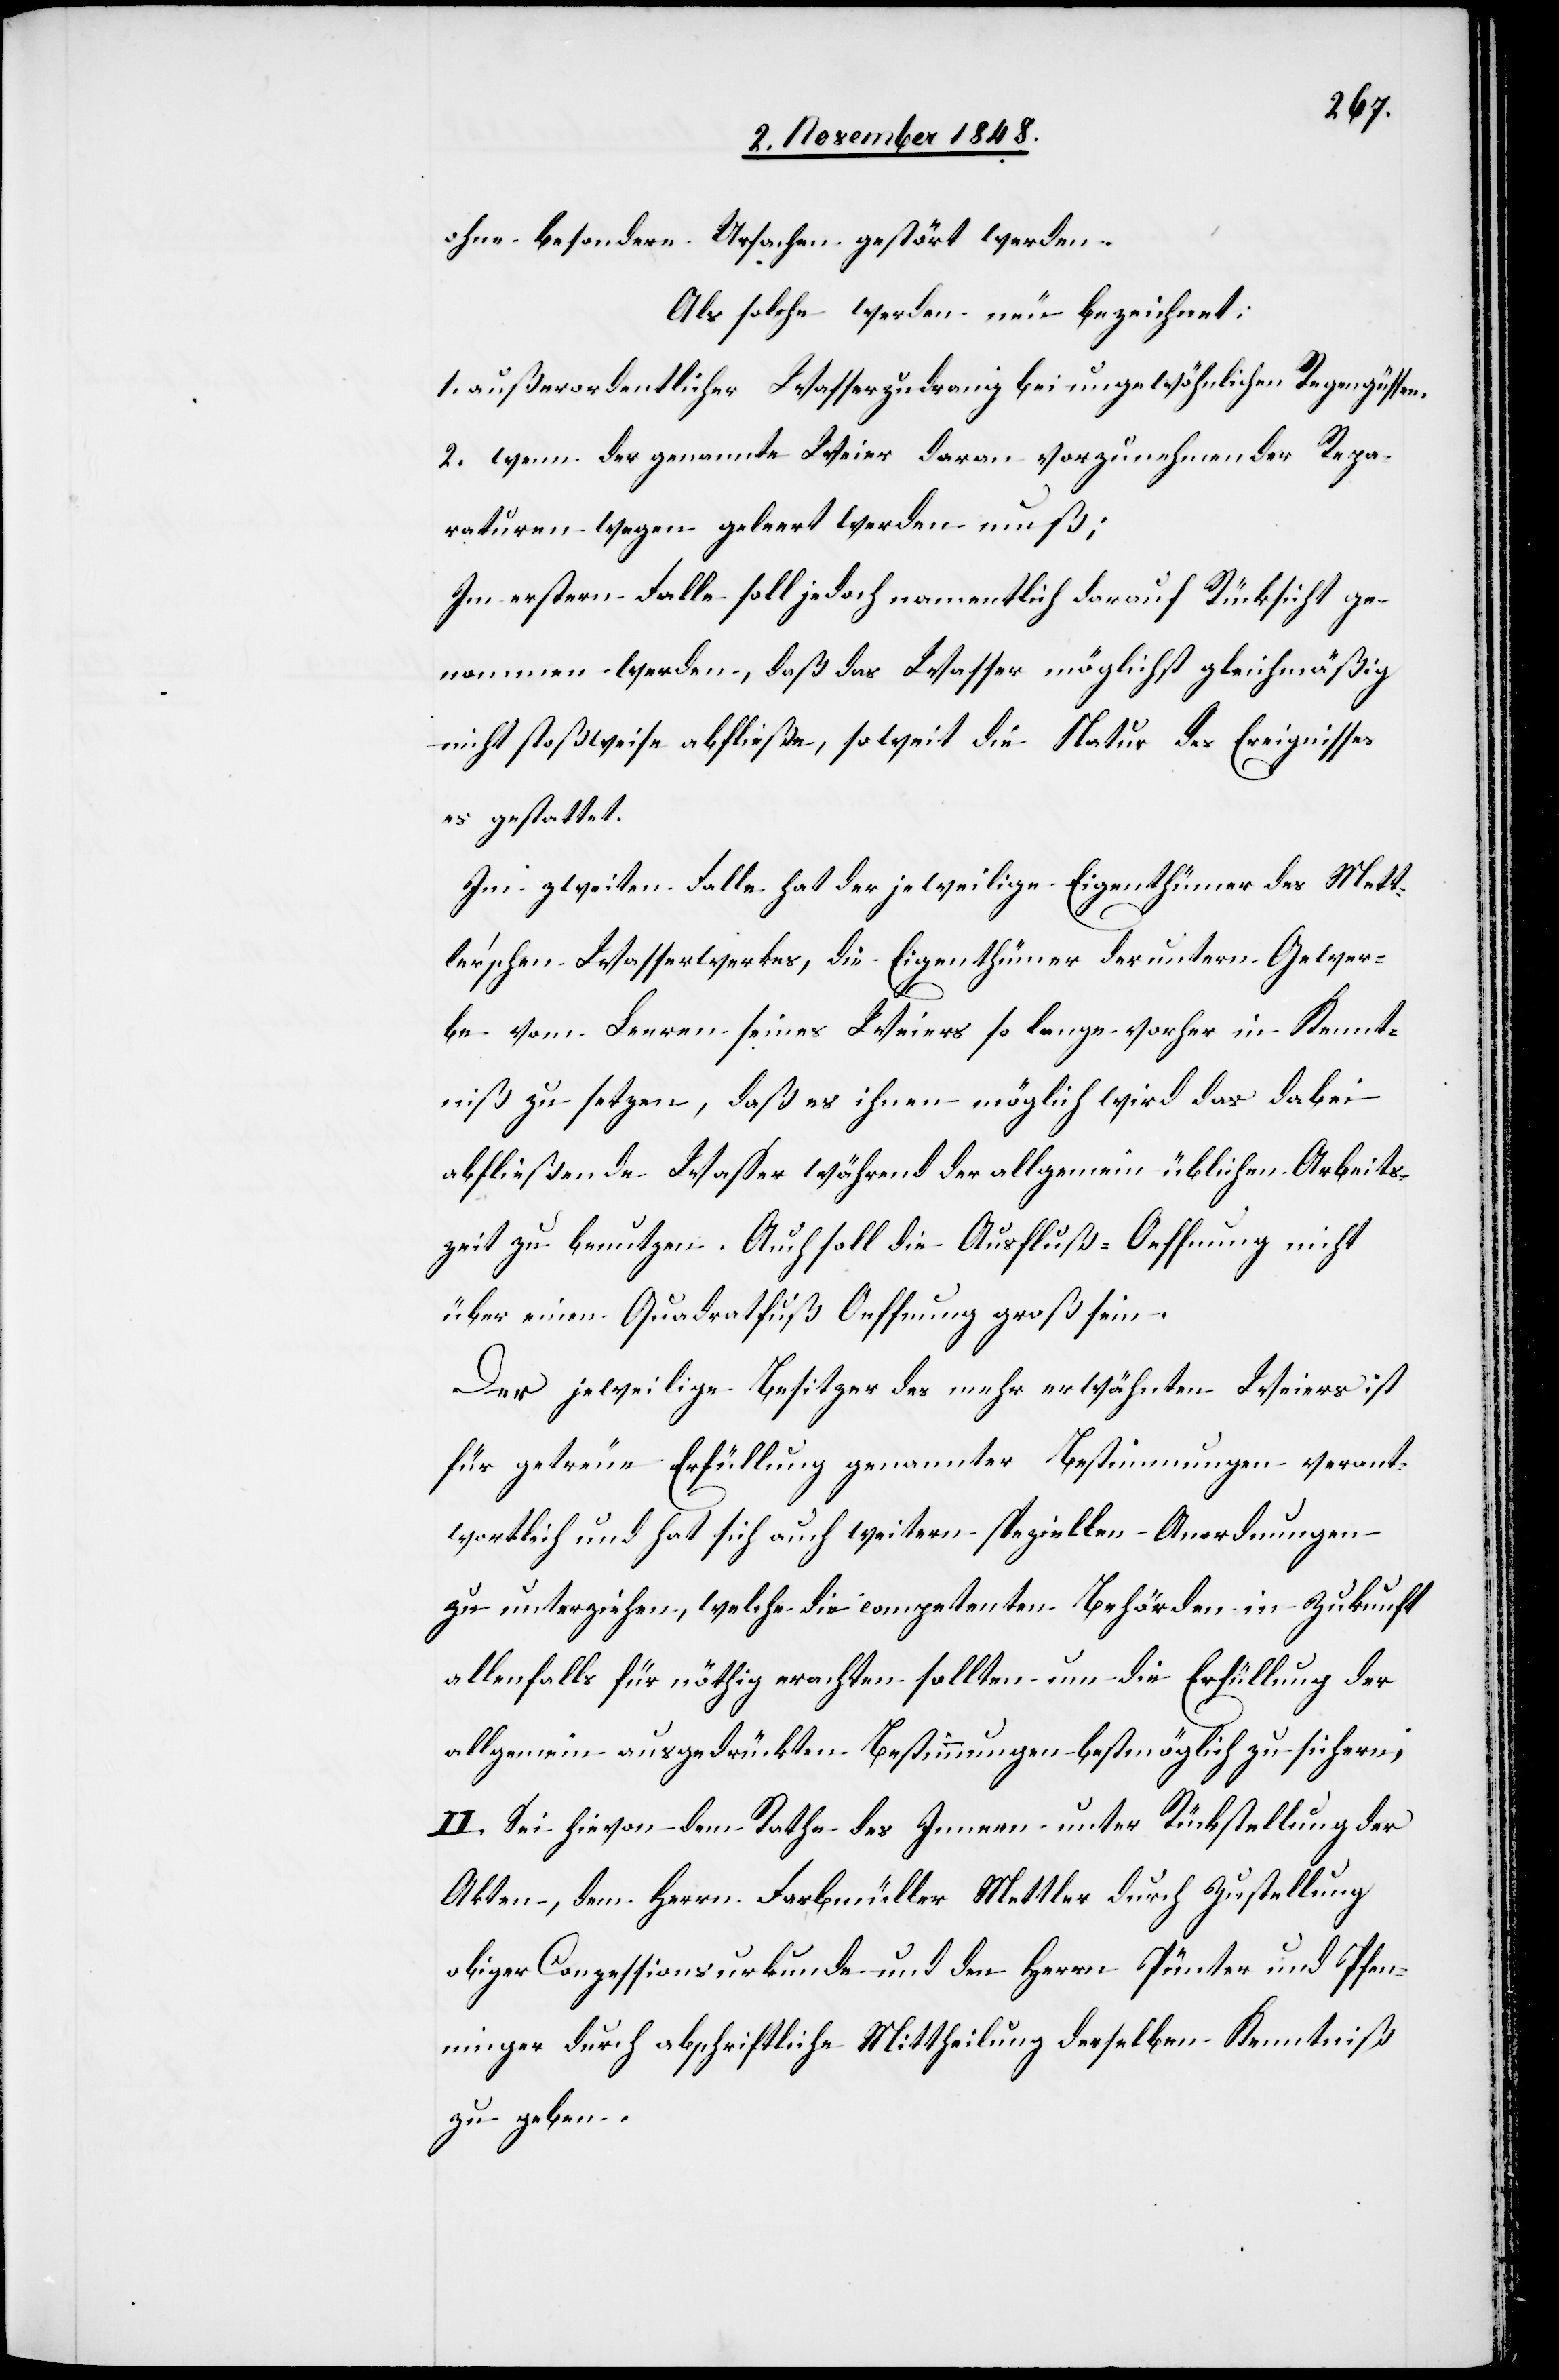
ohne besondere Ursachen gestört werden.
Als solche werden neu bezeichnet:
1. außerordentlicher Wasserzudrang bei ungewöhnlichen Regengüssen.
2. wenn der genannte Weier daran vorzunehmender Repa¬
raturen wegen geleert werden muß;
Im erstern Falle soll jedoch namentlich darauf Rücksicht ge¬
nommen werden, daß das Wasser möglichst gleichmäßig
nicht stoßweise abfließe, soweit die Natur des Ereignisses
es gestattet.
Im zweiten Falle hat der jeweilige Eigenthümer des Mett¬
ler’schen Wasserwerkes, die Eigenthümer der untern Gewer¬
be vom Leeren seines Weiers so lange vorher in Kennt¬
niß zu setzen, daß es ihnen möglich wird das dabei
abfließende Wasser während der allgemein üblichen Arbeits¬
zeit zu benutzen. Auch soll die Ausfluß-Oeffnung nicht
über einen Quadratfuß Oeffnung groß sein.
Der jeweilige Besitzer des mehr erwähnten Weiers ist
für getreue Erfüllung genannter Bestimmungen verant¬
wortlich und hat sich auch weitern speziellen Anordnungen
zu unterziehen, welche die competenten Behörden in Zukunft
allenfalls für nöthig erachten sollten um die Erfüllung der
allgemein ausgedrückten Bestimmungen bestmöglich zu sichern,
II. Sei hievon dem Rathe des Innern unter Rückstellung der
Akten, dem Herrn Farbmüller Mettler durch Zustellung
obiger Conzessionsurkunde mit den Herrn Pünter und Pfen¬
ninger durch abschriftliche Mittheilung derselben Kenntniß
zu geben.